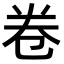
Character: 卷